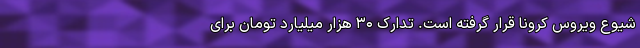
شیوع ویروس کرونا قرار گرفته است. تدارک ۳۰ هزار میلیارد تومان برای